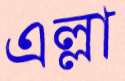
এল্লা